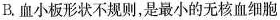
B.血小板形状不规则，是最小的无核血细胞